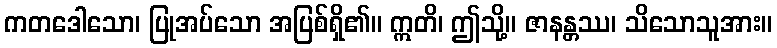
ကတဒေါသော၊ ပြုအပ်သော အပြစ်ရှိ၏။ ဣတိ၊ ဤသို့။ ဇာနန္တဿ၊ သိသောသူအား။